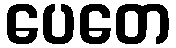
ပေတေ